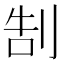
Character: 𠜯